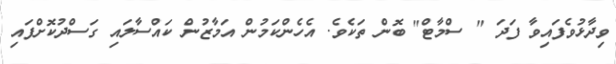
ވިދާޅުވެފައިވާ ފަދަ " ސްމާޓް" ބޮން ތަކެވެ. އެހެންކަމުން އަމާޒުން ކައްސާލައި ގަސްދުކޮށްފައި